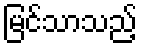
မြင်သာသည့်